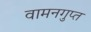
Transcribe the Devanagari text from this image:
वामनगुप्त